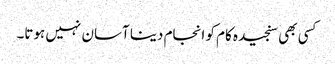
کسی بھی سنجیدہ کام کو انجام دینا آسان نہیں ہوتا۔